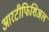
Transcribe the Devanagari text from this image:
आरटीफिशिअल